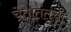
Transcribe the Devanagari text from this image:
चेतातंतूंचा